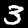
Label: 3